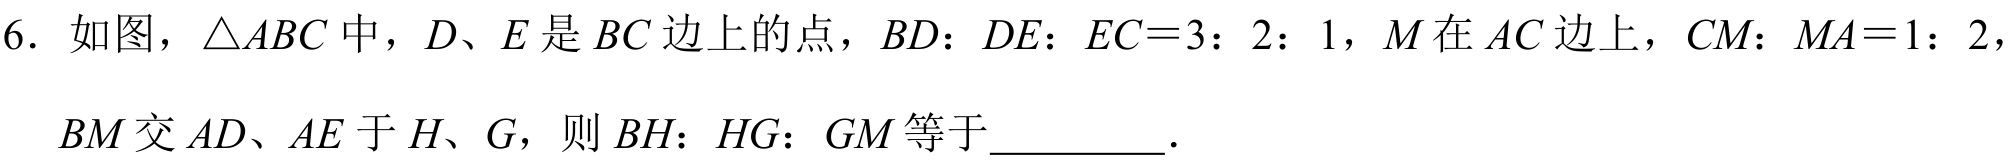
6. 如图，\(\triangle ABC\)中，\(D、E\)是\(BC\)边上的点，\(BD：DE：EC = 3：2：1\)，\(M\)在\(AC\)边上，\(CM：MA = 1：2\)，\(BM\)交\(AD、AE\)于\(H、G\)，则\(BH：HG：GM\)等于\underline{\qquad}．